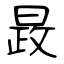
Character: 晸